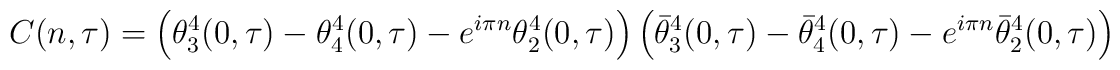
C(n,\tau)=\left(\theta_3^4(0,\tau)-\theta_4^4(0,\tau)-e^{i\pi n}\theta_2^4(0,\tau)\right)\left(\bar\theta_3^4(0,\tau)-\bar\theta_4^4(0,\tau)-e^{i\pi n}\bar\theta_2^4(0,\tau)\right)